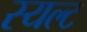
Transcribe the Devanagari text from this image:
स्यल्ट